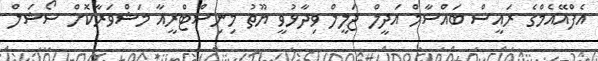
އެފްއޭއެމްގެ ރައީސް ބައްސާމް އަދީލް ޖަލީލް ވިދާޅުވީ ޔޫތު މިނިސްޓްރީއާ މަޝްވަރާކޮށް ސޯޝަލް